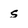
Character: s